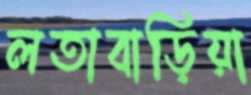
লতাবাড়িয়া